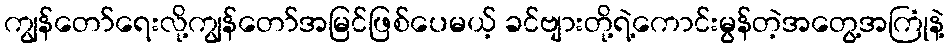
ကျွန်တော်ရေးလို့ကျွန်တော်အမြင်ဖြစ်ပေမယ့် ခင်ဗျားတို့ရဲ့ကောင်းမွန်တဲ့အတွေ့အကြုံနဲ့